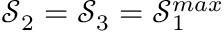
\mathcal { S } _ { 2 } = \mathcal { S } _ { 3 } = \mathcal { S } _ { 1 } ^ { m a x }